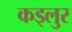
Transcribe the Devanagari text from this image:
कड्लुर